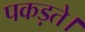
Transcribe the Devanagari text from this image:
पकड़ते।